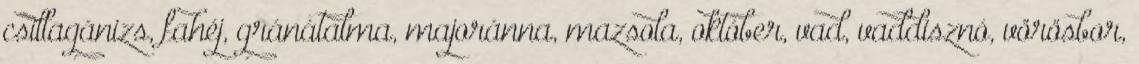
csillagánizs, fahéj, gránátalma, majoránna, mazsola, október, vad, vaddisznó, vörösbor,